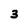
Character: 3